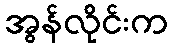
အွန်လိုင်းက